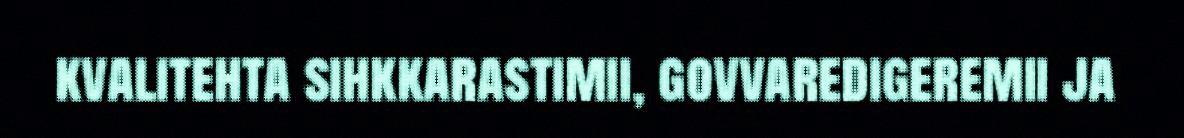
kvalitehta sihkkarastimii, govvaredigeremii ja